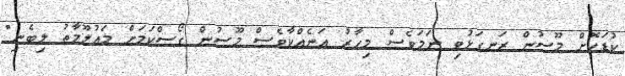
ކުޑަކޮށް މޫސުން ރަނގަޅުވި ނަމަވެސް މިހާރު އަނެއްކާވެސް މޫސުން ގޯސްކަމަށް މައުލޫމާތު ލިބެނި"